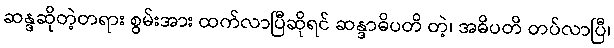
ဆန္ဒဆိုတဲ့တရား စွမ်းအား ထက်လာပြီဆိုရင် ဆန္ဒာဓိပတိ တဲ့၊ အဓိပတိ တပ်လာပြီ၊